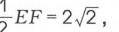
\frac{1}{2}EF = 2\sqrt{2}